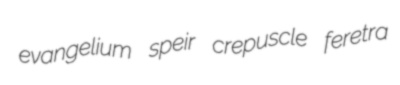
evangelium speir crepuscle feretra